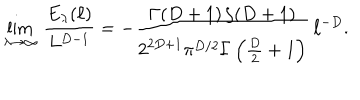
\lim _ { \lambda \to \infty } \, \frac { E _ { \lambda } ( \ell ) } { L ^ { D - 1 } } = - \frac { \Gamma ( D + 1 ) \, \zeta ( D + 1 ) } { 2 ^ { 2 D + 1 } \pi ^ { D / 2 } \Gamma \left( \frac { D } { 2 } + 1 \right) } \, \ell ^ { - D } .